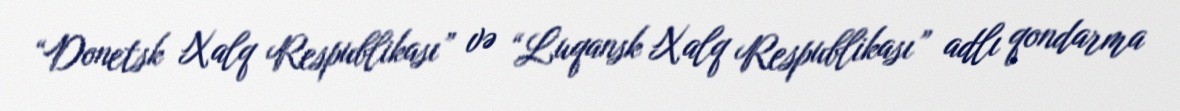
“Donetsk Xalq Respublikası” və “Luqansk Xalq Respublikası” adlı qondarma